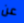
عن